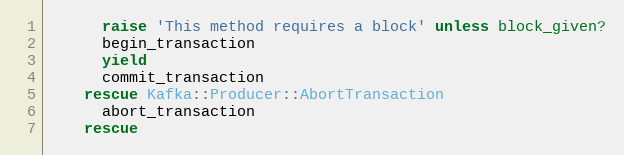
Language: Ruby
      raise 'This method requires a block' unless block_given?
      begin_transaction
      yield
      commit_transaction
    rescue Kafka::Producer::AbortTransaction
      abort_transaction
    rescue